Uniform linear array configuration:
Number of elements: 64
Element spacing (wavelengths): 1
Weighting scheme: blackman
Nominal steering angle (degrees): -15
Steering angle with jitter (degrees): -16.164
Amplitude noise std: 0.05
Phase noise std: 0.05

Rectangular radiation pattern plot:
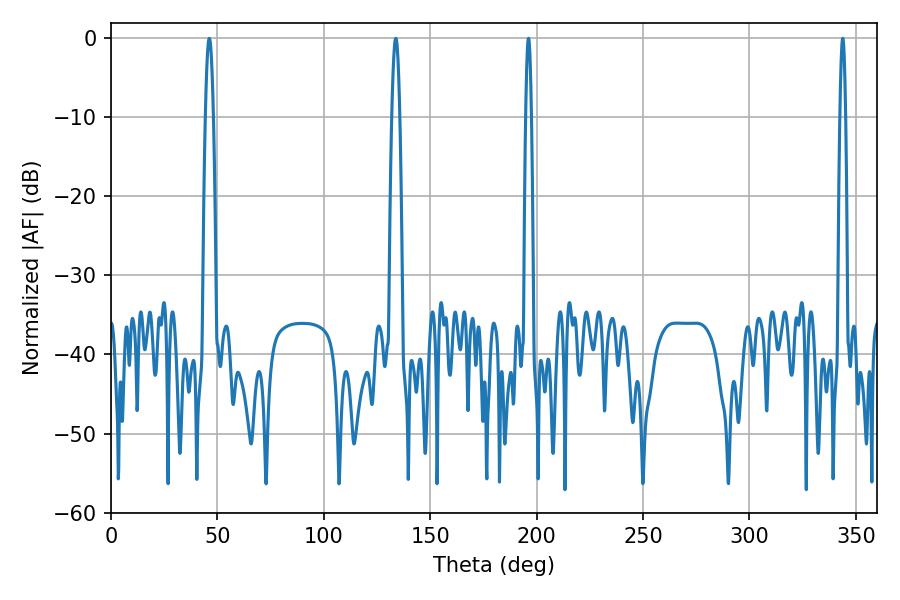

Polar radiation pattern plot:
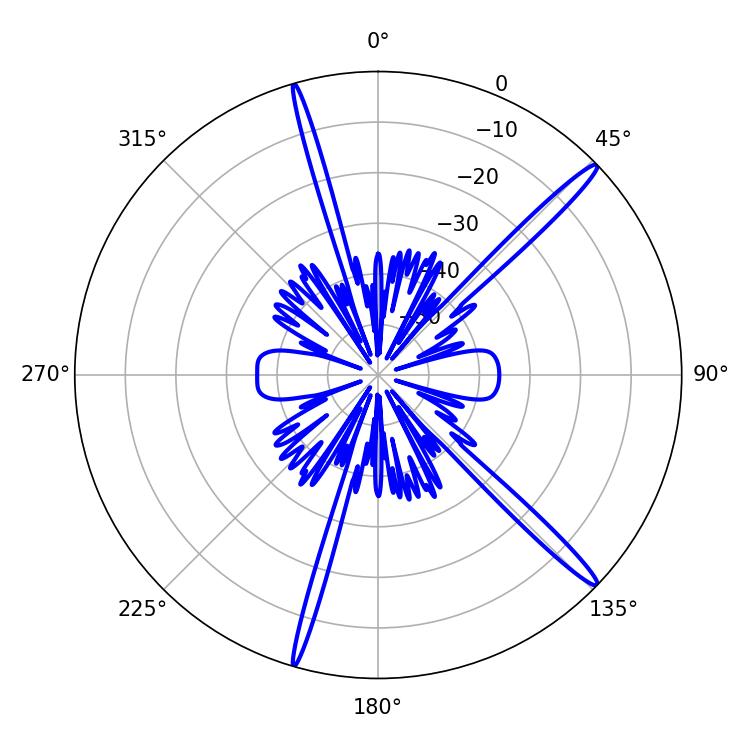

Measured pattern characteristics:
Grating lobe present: TRUE
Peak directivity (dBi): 16.86
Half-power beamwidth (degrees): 1.44
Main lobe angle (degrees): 343.8